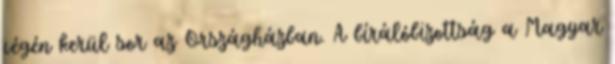
végén kerül sor az Országházban. A bírálóbizottság a Magyar